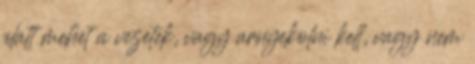
alatt mehet a vezetek, vagy arnyekolni kell, vagy nem